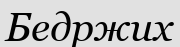
Бедржих